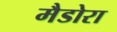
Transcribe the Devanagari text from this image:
मैडोरा